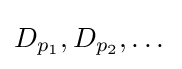
D_{p_{1}},D_{p_{2}},\dots